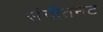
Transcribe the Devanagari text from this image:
संगीतनट